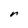
Character: r